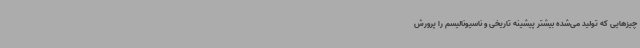
چیزهایی که تولید می‌شده بیشتر پیشینه تاریخی و ناسیونالیسم را پرورش